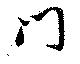
門